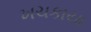
ખચકાયા